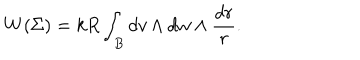
W ( \Sigma ) = k R \int _ { B } d v \wedge d w \wedge \frac { d r } { r } .